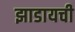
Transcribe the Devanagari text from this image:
झाडायची